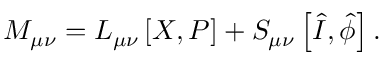
M _ { \mu \nu } = L _ { \mu \nu } \left[ X , P \right] + S _ { \mu \nu } \left[ \hat { I } , \hat { \phi } \right] .